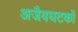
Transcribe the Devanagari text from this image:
अजैवघटकों